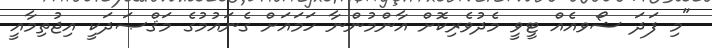
"މި ފަދަ ޝޯވއެއް ޓީވީ މެދުވެރިކޮށް އާންމުންނާ ހަމައަށް ގެނައުމުގެ މަޤްޞަދަކީ އިޖުތިމާއީ